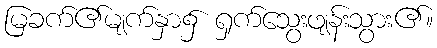
မြခက်၏မျက်နှာ၌ ရှက်သွေးဖျန်းသွား၏။